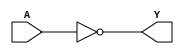
module sky130_fd_sc_ls__clkdlyinv5sd1_5 (
    Y,
    A
);
    output Y;
    input  A;
    wire not0_out_Y;
    not not0 (not0_out_Y, A              );
    buf buf0 (Y         , not0_out_Y     );
endmodule